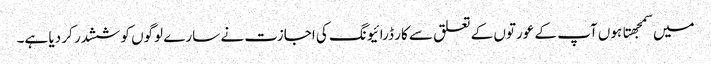
میں سمجهتا ہوں آپ کے عورتوں کے تعلق سے کار ڈرائیونگ کی اجازت نے سارے لوگوں کو ششدر کر دیا ہے۔